Annual statistical returns and brief notes on vaccination in Bengal - 1909-1929
Year: 1909
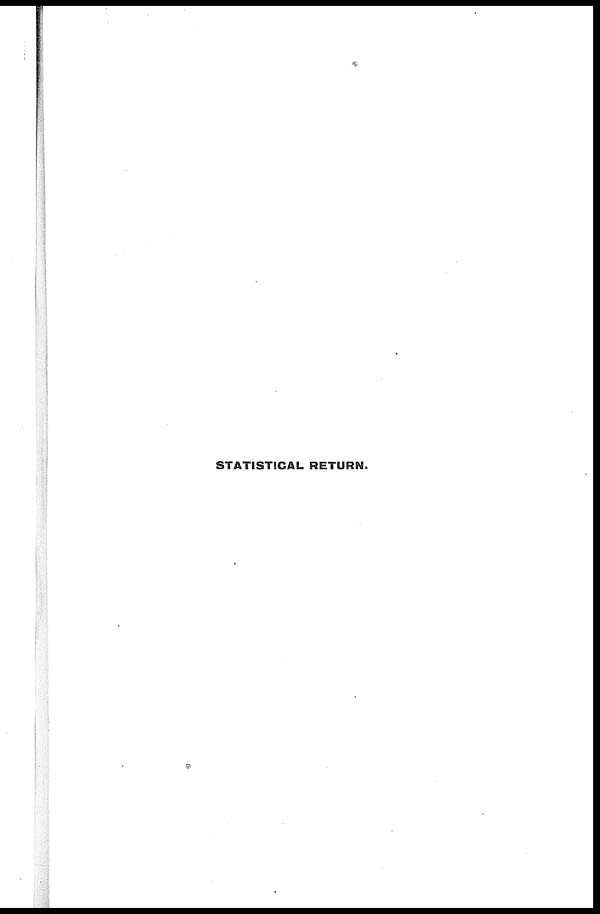
STATISTICAL RETURN.